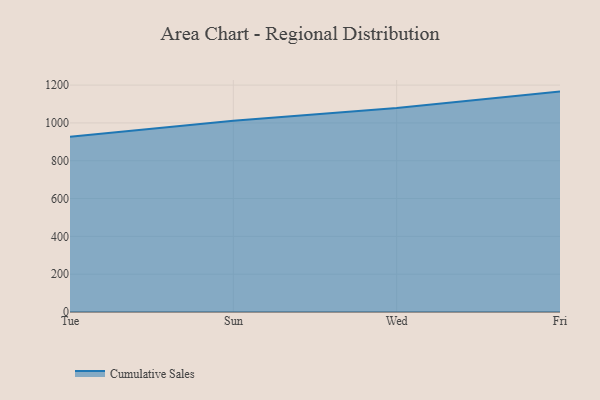
{"axis": {"x": "Day", "y": "Temperature (°C)"}, "legend": ["Cumulative Sales"], "data": [{"x": "Tue", "y": 926.6, "type": "Cumulative Sales"}, {"x": "Sun", "y": 1011.9, "type": "Cumulative Sales"}, {"x": "Wed", "y": 1079.1, "type": "Cumulative Sales"}, {"x": "Fri", "y": 1165.6, "type": "Cumulative Sales"}]}